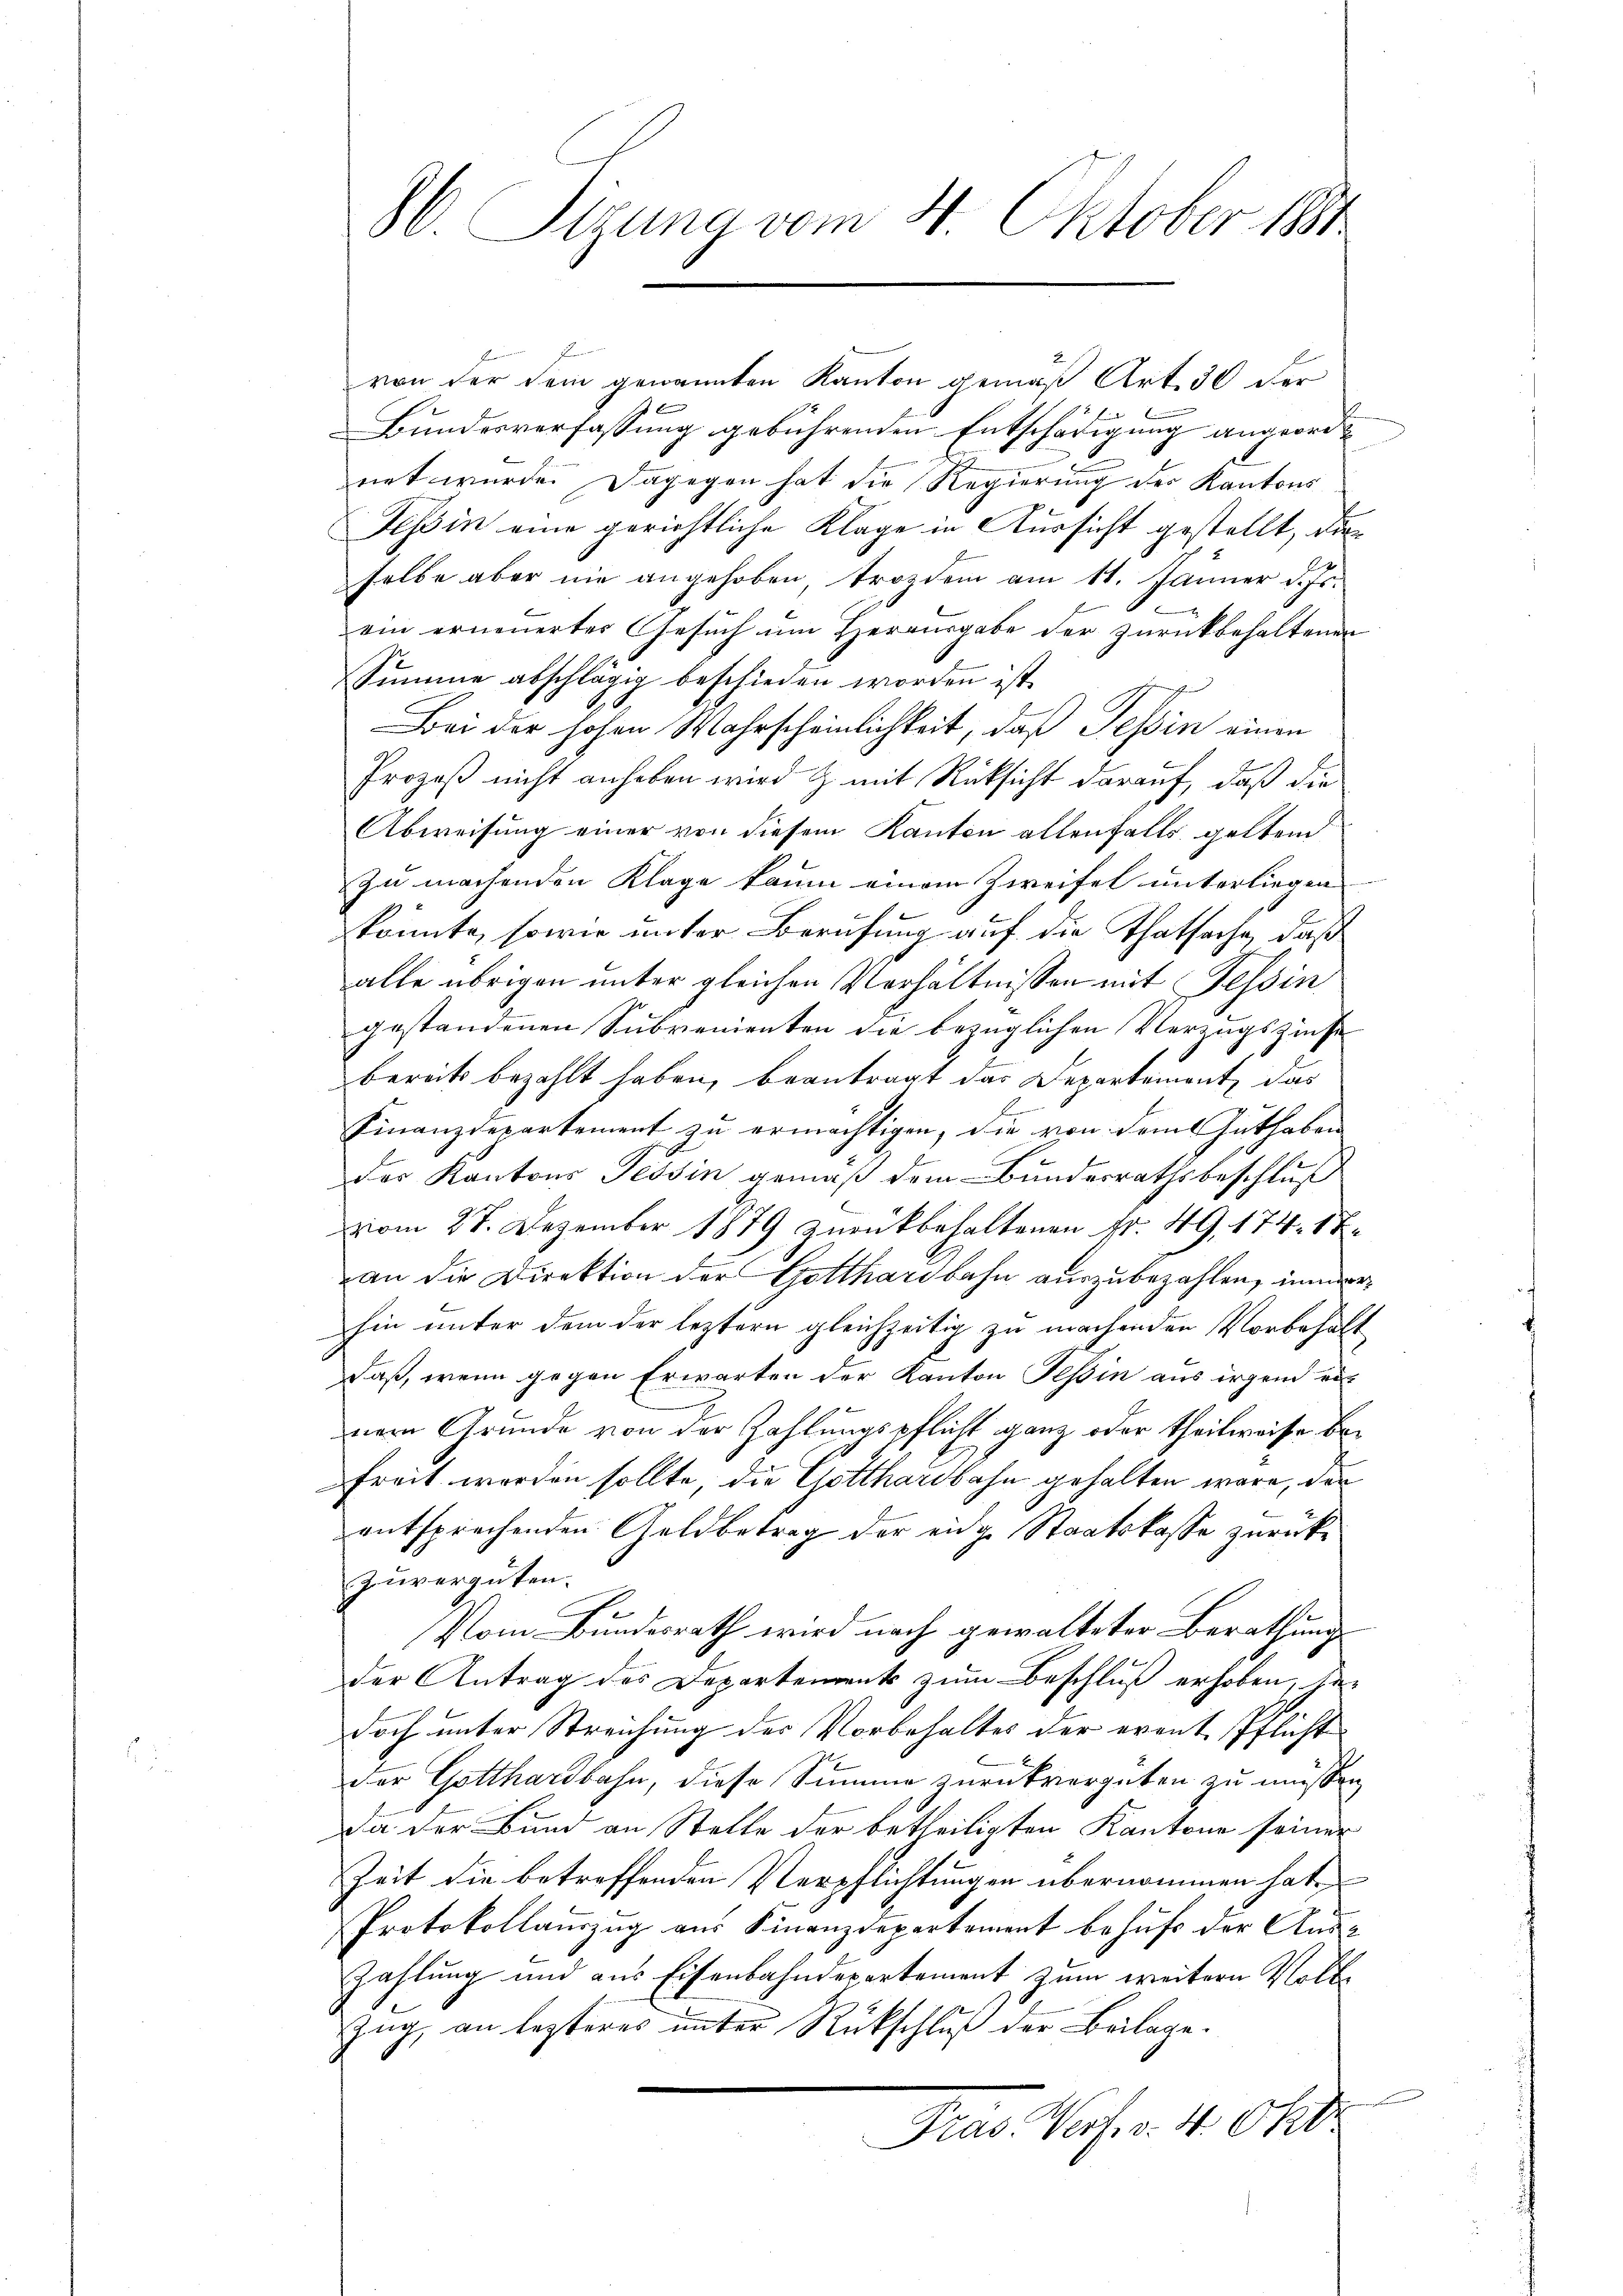
86. Sigung vom 4. Oktober 1881

e
von der dem genannten Kanton gemäß Art. 30 der
E
Bundesverfassung gebührenden Entschädigung angeordnet wurde. Dagegen hat die Regierung der Kantons
Tessin eine gerichtliche Klage in Aussicht gestellt, dieselbe aber nie angehoben, trotzdem am 11. Jänner d. Js.
ein erneuerter Gesuch um Herausgabe der zurückbehaltenen
Summe abschlägig beschieden worden ist.
Bei der hohen Wahrscheinlichkeit, daß Tessin einen
Prozeß nicht anheben wird & mit Rücksicht darauf, daß die
Abweisung einer von diesem Kanton allenfalls geltend
Zu machenden Klage kaum einem Zweifel unterliegen
konnte, sowie unter Berufung auf die Thatsache, daß
alle übrigen unter gleichen Verhältnissen mit Tessin
gestandenen Subvenienten die bezüglichen Verzugszinse
bereits bezahlt haben, beantragt das Departement, das
Finanzdepartement zu ermächtigen, die von dem Guthaben
der Kantons Tessin gemäß dem Bundesrathsbeschluß
vom 27. Dezember 1879 zurückbehaltenen Fr. 49, 174. 18.
an die Direktion der Gotthardbahn auszubezahlen, immerhin unter dem der leztern gleichzeitig zu machenden Vorbehalt
Daß, wenn gegen Erwarten der Kanton Tessin aus irgend einem Grunde von der Zahlungspflicht ganz oder theilweise befreit worden sollte, die Gotthardbahn gehalten wäre, der
entsprechenden Geldbetrag der eidge Staatskasse zurückzuvergüten.
Vom Bundesrath wird nach gewalteter Berathung
der Antrag des Departements zum Beschluß erhoben, her
doch unter Streichung der Vorbehaltes der event Pflicht
Der Gotthardbahn, diese Summe zurückvergüten zu müssen,
da der Bund an Stelle der betheiligten Kantone seiner
Zeit die betreffenden Verpflichtungen übernommen hat,
Protokollauszug aus Finanzdepartement behufs der Aus-
Zahlung und aus Eisenbahndepartement zum weitern Voll¬
Zug, an lezteres unter Rückschluß der Beilage.

Pras. Verf. v. 4. Okt.